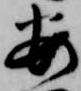
安